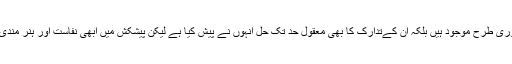
ان کے زیادہ تر افسانوں اور افسانچوں میں زندگی کے مسائل نہ صرف پوری طرح موجود ہیں بلکہ ان کےتدارک کا بھی معقول حد تک حل انہوں نے پیش کیا ہے لیکن پیشکش میں ابھی نفاست اور ہنر مندی کا فقدان ہے جس کے حصول کیلئے انہیں شدید محنت کی ضرورت ہے۔